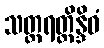
သတ္တရတ္တိန္ဒိဝံ